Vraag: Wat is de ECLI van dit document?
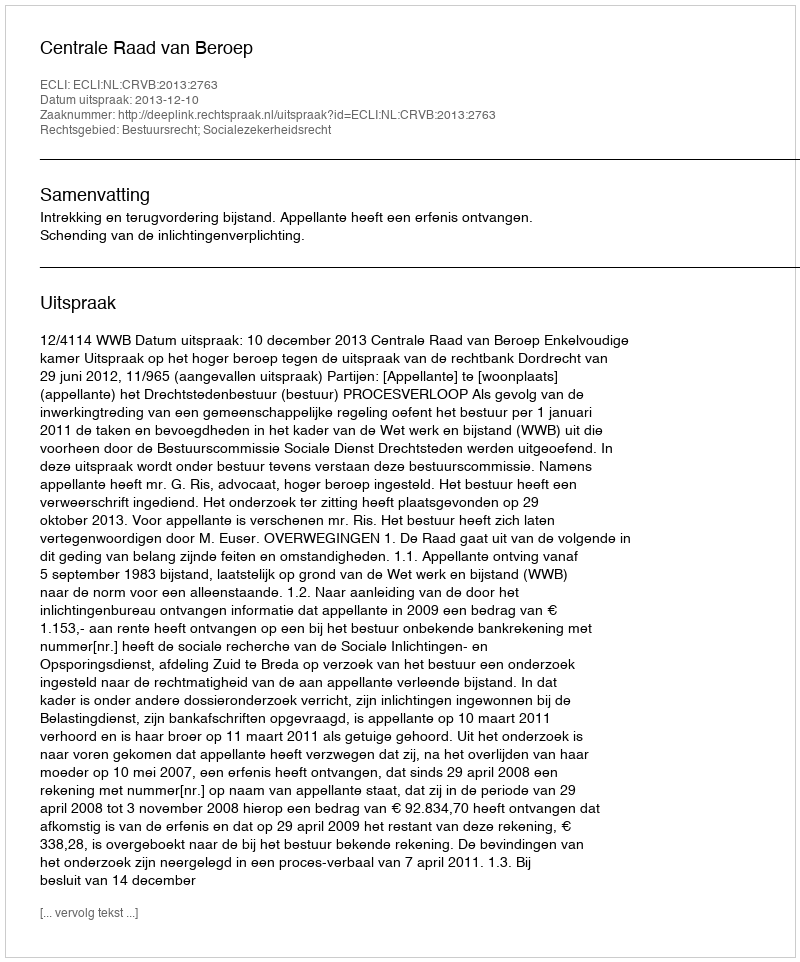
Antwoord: ECLI:NL:CRVB:2013:2763